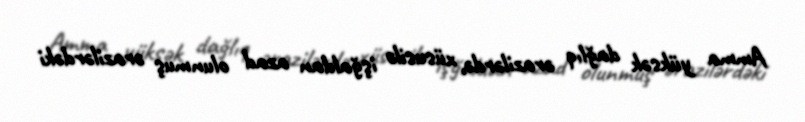
Amma yüksək dağlıq ərazilərdə, xüsusilə işğaldan azad olunmuş ərazilərdəki